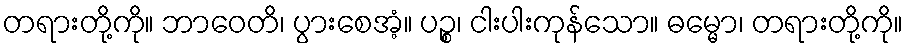
တရားတို့ကို။ ဘာဝေတိ၊ ပွားစေအံ့။ ပဉ္စ၊ ငါးပါးကုန်သော။ ဓမ္မော၊ တရားတို့ကို။